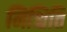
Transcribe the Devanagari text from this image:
निश्चिति